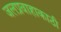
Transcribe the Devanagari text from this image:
जलप्रवाहाकाठी